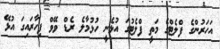
އަހަރުންގެ ފްލެޓްގެ މަތީ ފްލެޓުގަ އުޅެނީ ހުޅުމާލެ ރެޑް ވޭވް ފިހާރައިގަ އުޅޭ